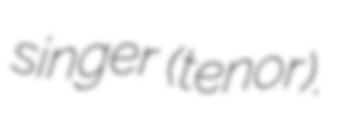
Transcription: singer (tenor).